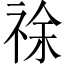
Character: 𰨂